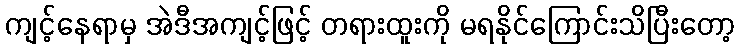
ကျင့်နေရာမှ အဲဒီအကျင့်ဖြင့် တရားထူးကို မရနိုင်ကြောင်းသိပြီးတော့